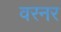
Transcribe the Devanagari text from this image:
वरनर